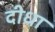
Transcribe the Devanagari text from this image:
दीधा